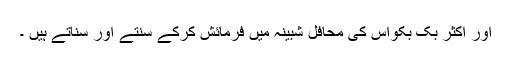
اور اکثر بک بکواس کی محافل شبینہ میں فرمائش کرکے سُنتے اور سناتے ہیں ۔